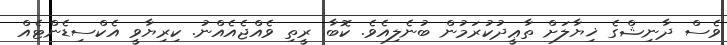
ވެސް ދާނިޝްގެ ޚިޔާލަށް ތާޢީދުކުރަމުން ބުނެލިއެވެ. ކޮބާ. ރީތި ވެއްޖެއެއްނު. ކިރިޔާވީ އެކްސިޑެންޓެއް